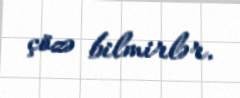
çözə bilmirlər.